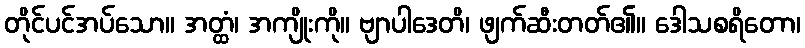
တိုင်ပင်အပ်သော။ အတ္ထံ၊ အကျိုးကို။ ဗျာပါဒေတိ၊ ဖျက်ဆီးတတ်၏။ ဒေါသစရိတော၊